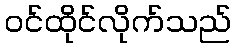
ဝင်ထိုင်လိုက်သည်